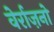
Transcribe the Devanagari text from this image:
वेर्राज़नो